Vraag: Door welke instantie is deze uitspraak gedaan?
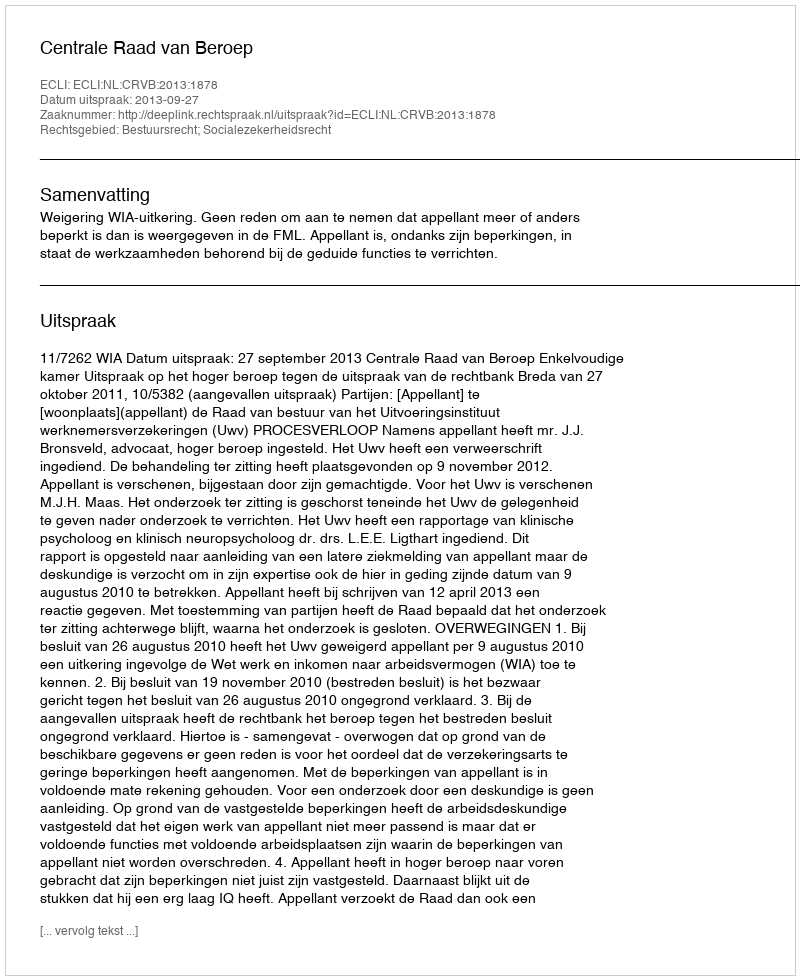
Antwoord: Centrale Raad van Beroep